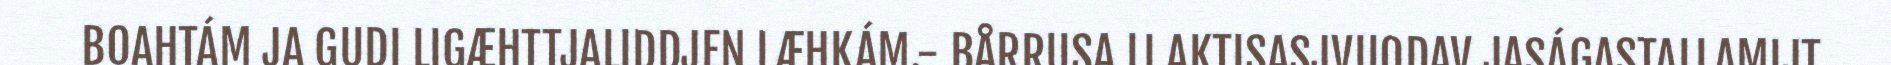
BOAHTÁM JA GUDI LIGÆHTTJALIDDJEN LÆHKÁM.- BÅRRUSA LI AKTISASJVUODAV JASÁGASTALLAMIJT